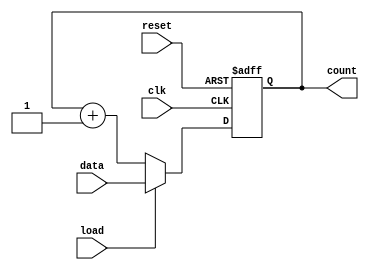
module loadable_counter (
    input wire clk,          // Clock signal
    input wire load,         // Load control signal
    input wire reset,        // Asynchronous reset signal
    input wire [7:0] data,   // Load value input (8 bits)
    output reg [7:0] count   // Current count output (8 bits)
);

    // Asynchronous reset and synchronous load/count behavior
    always @(posedge clk or posedge reset) begin
        if (reset) begin
            count <= 8'b0;   // Reset the counter to 0
        end else if (load) begin
            count <= data;   // Load the value from data input
        end else begin
            count <= count + 1; // Increment the counter
        end
    end

endmodule